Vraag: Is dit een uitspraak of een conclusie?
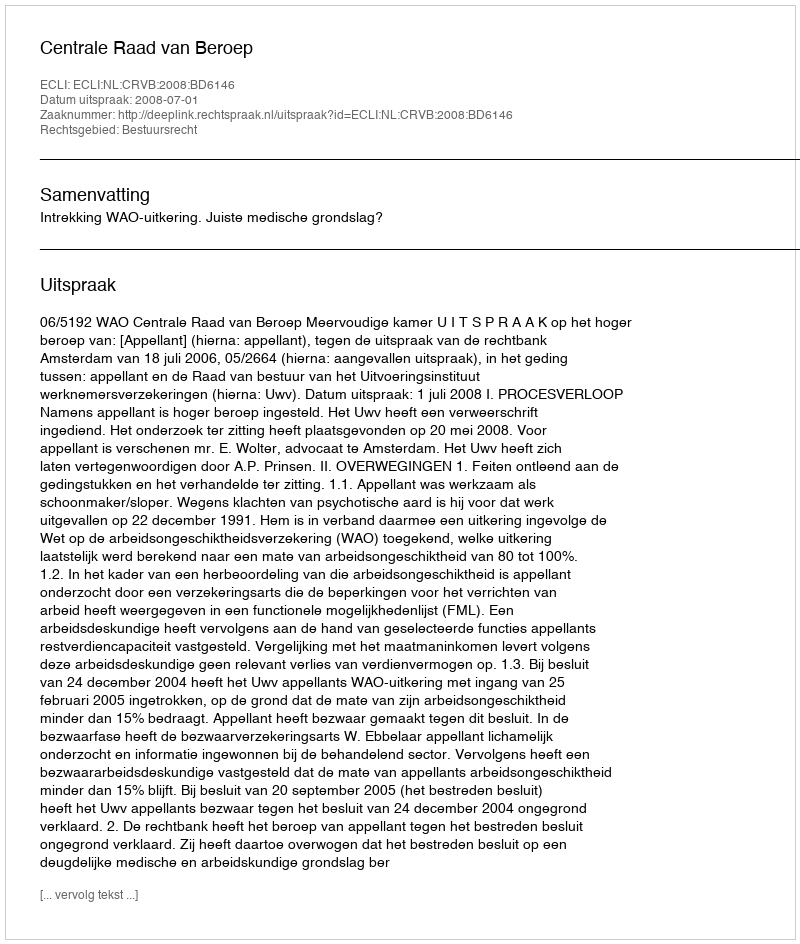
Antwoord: Uitspraak